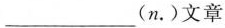
___(n.)文章